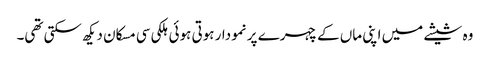
وہ شیشے میں اپنی ماں کے چہرے پر نمودار ہوتی ہوئی ہلکی سی مسکان دیکھ سکتی تھی۔